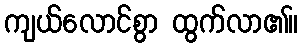
ကျယ်လောင်စွာ ထွက်လာ၏။